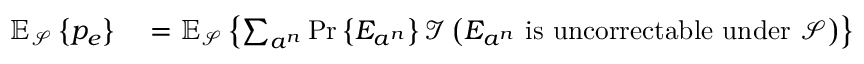
\begin{array} { r l } { \mathbb { E } _ { \mathcal { S } } \left\{ p _ { e } \right\} } & { { } = \mathbb { E } _ { \mathcal { S } } \left\{ \sum _ { a ^ { n } } \operatorname* { P r } \left\{ E _ { a ^ { n } } \right\} { \mathcal { I } } \left( E _ { a ^ { n } } { \mathrm { ~ i s ~ u n c o r r e c t a b l e ~ u n d e r ~ } } { \mathcal { S } } \right) \right\} } \end{array}